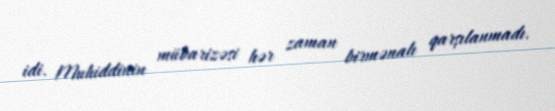
idi. Muhiddinin mübarizəsi hər zaman birmənalı qarşılanmadı.